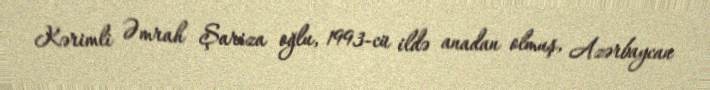
Kərimli Əmrah Şariza oğlu, 1993-cü ildə anadan olmuş, Azərbaycan